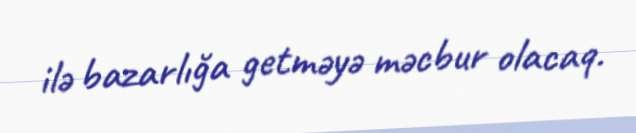
ilə bazarlığa getməyə məcbur olacaq.